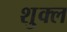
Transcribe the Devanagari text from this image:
शु्क्ल